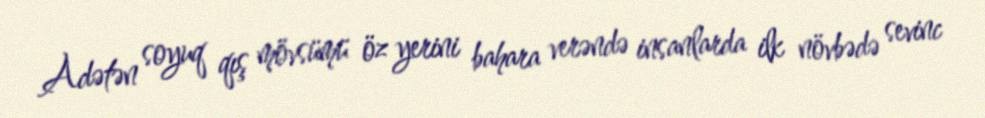
Adətən soyuq qış mövsümü öz yerini bahara verəndə insanlarda ilk növbədə sevinc